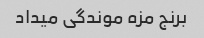
برنج مزه موندگی میداد